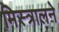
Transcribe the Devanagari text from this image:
मिस्त्रालने